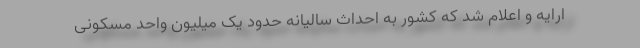
ارایه و اعلام شد که کشور به احداث سالیانه حدود یک میلیون واحد مسکونی